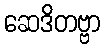
ဆေဒိတဗ္ဗာ